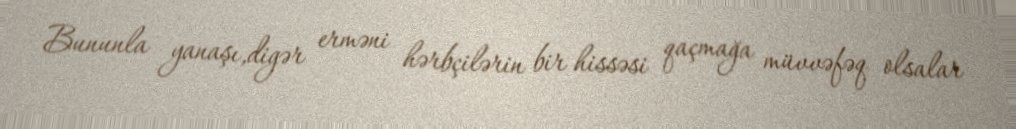
Bununla yanaşı,digər erməni hərbçilərin bir hissəsi qaçmağa müvvəfəq olsalar